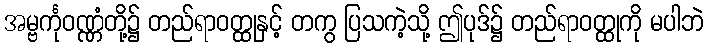
အမ္ဗင်္ကုဝဏ္ဏံတို့၌ တည်ရာဝတ္ထုနှင့် တကွ ပြသကဲ့သို့ ဤပုဒ်၌ တည်ရာဝတ္ထုကို မပါဘဲ